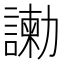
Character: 𠣂